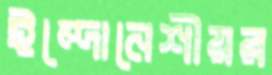
ইন্দোনেশীয়র